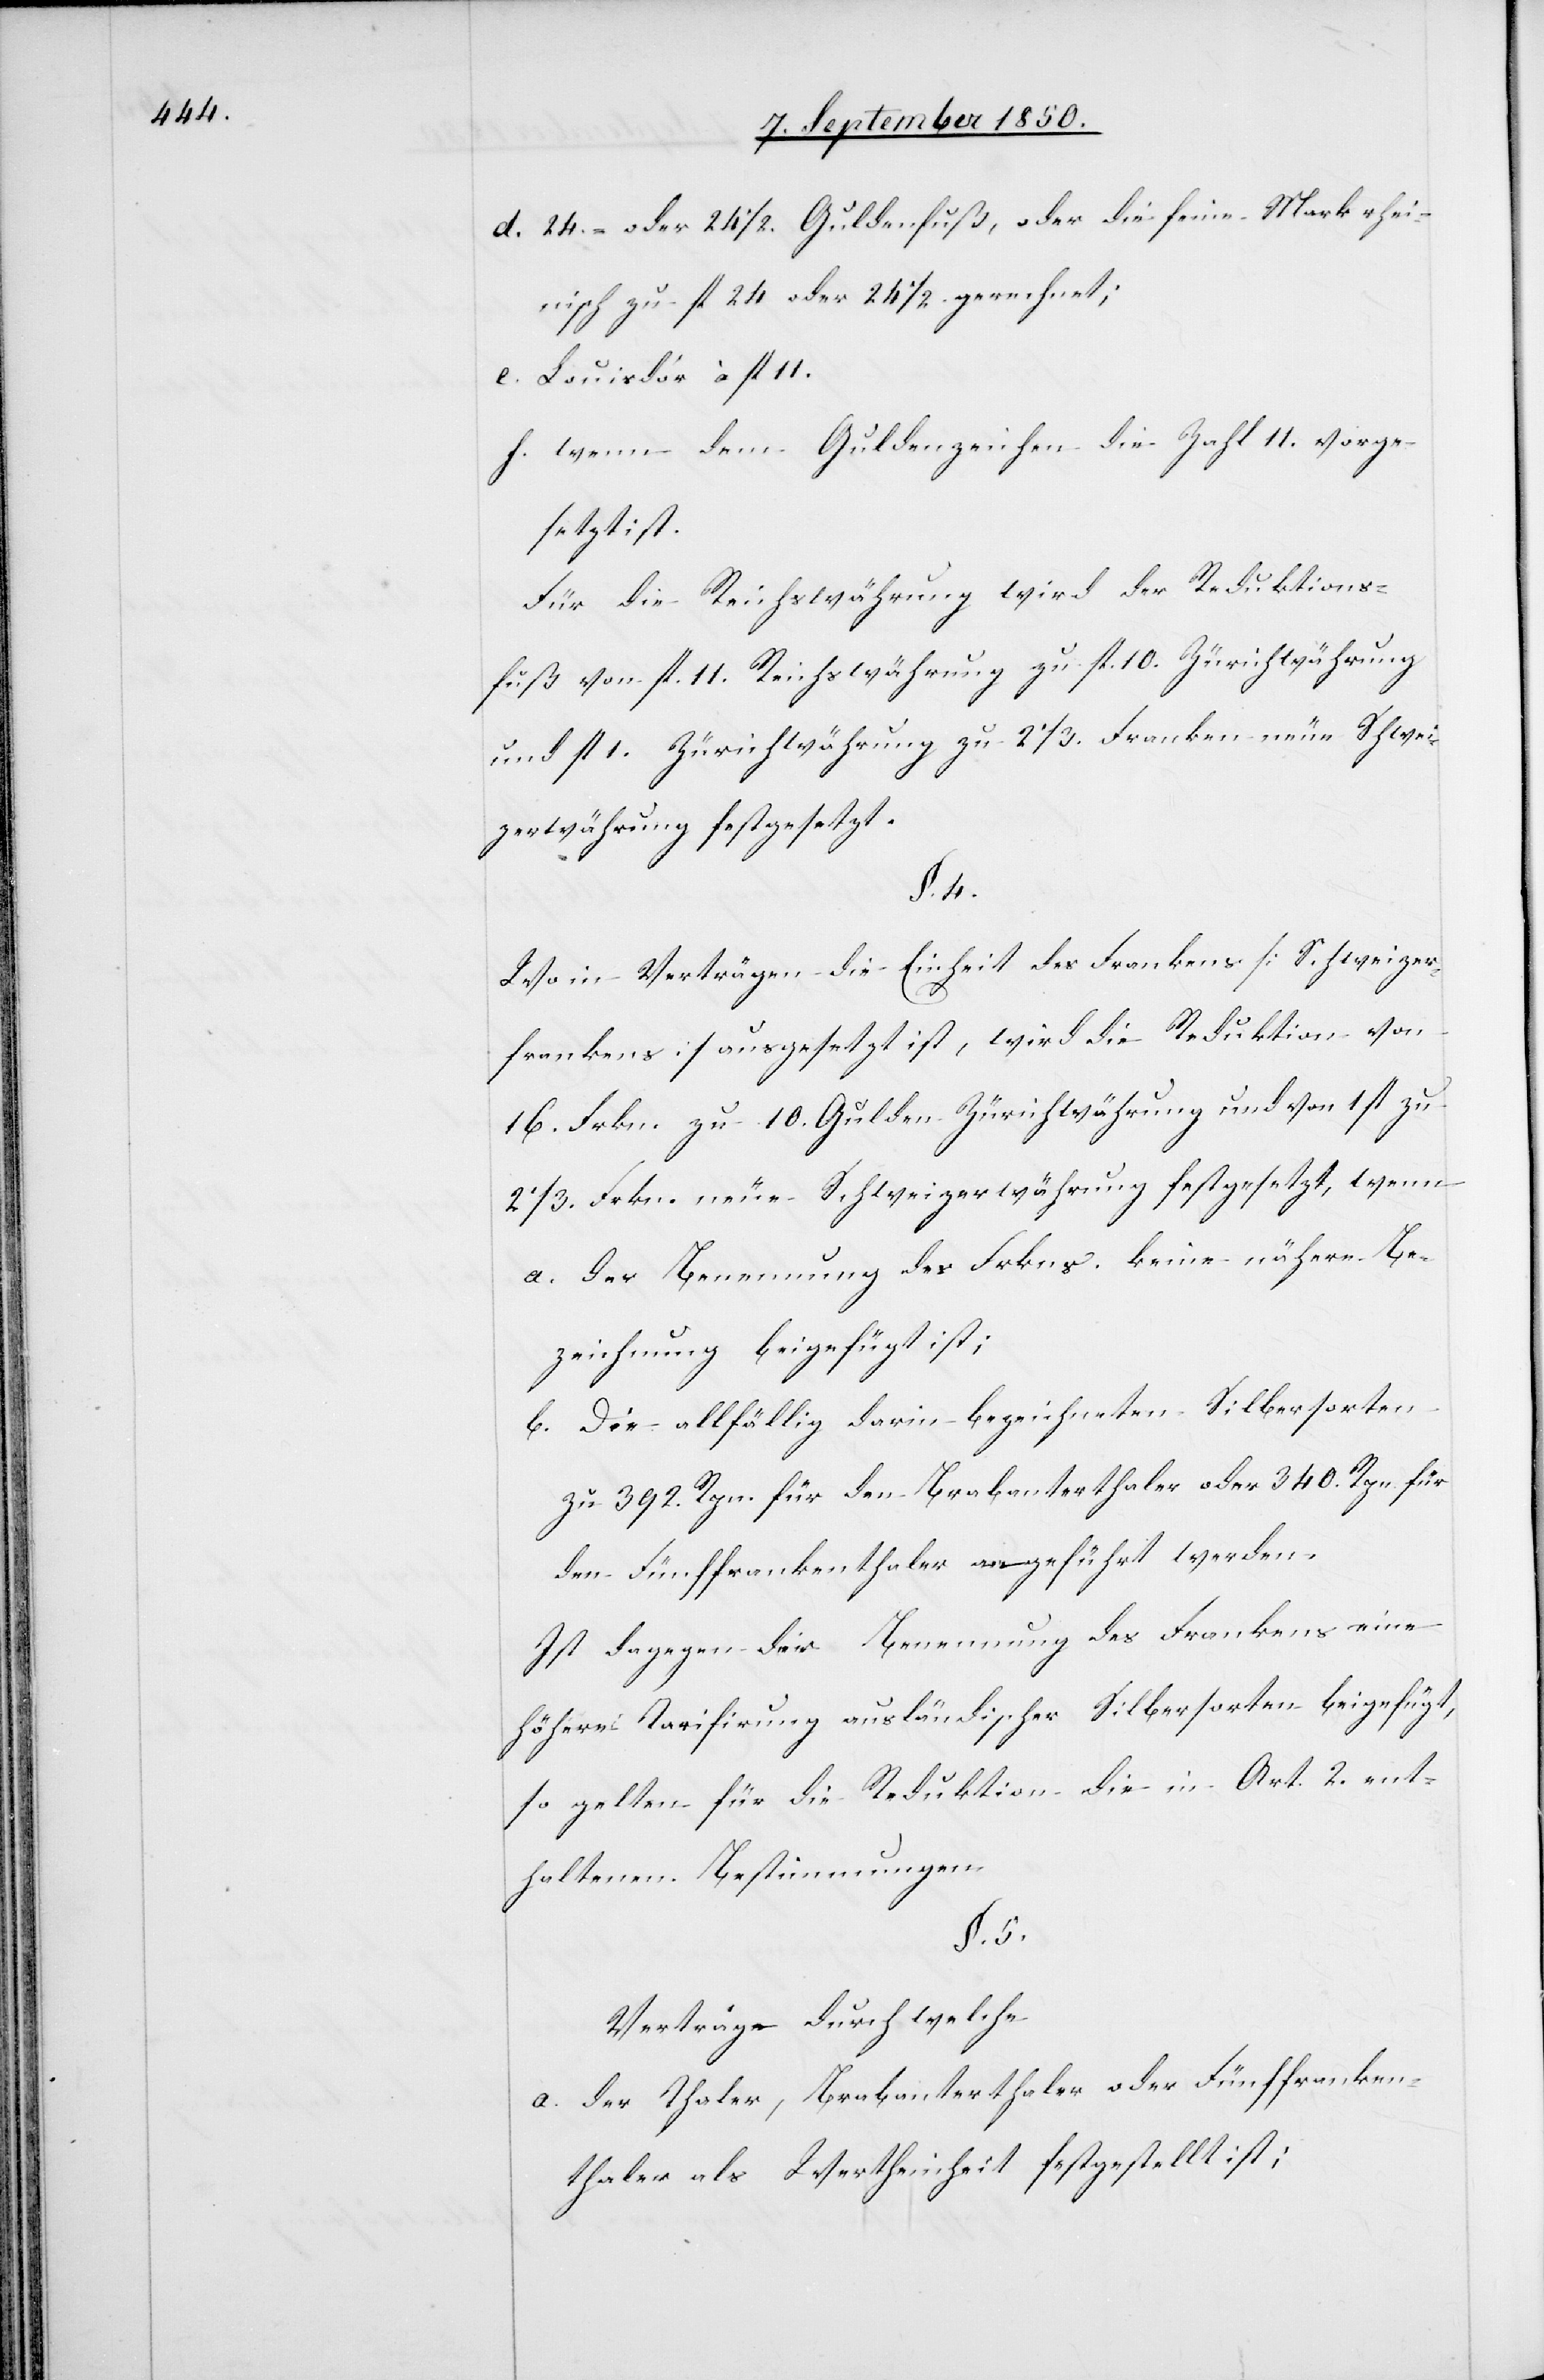
d. 24.- oder 24 1/2. Guldenfuß, oder die feine Mark rhei¬
nisch zu fl 24 oder 24 1/2. gerechnet;
e. Louisd’or à fl 11.
f. wenn dem Guldenzeichen die Zahl 11. vorge¬
setzt ist.
Für die Reichswährung wird der Reduktions¬
fuß von fl. 11. Reichswährung zu fl. 10. Zürichwährung
und fl 1. Zürichwährung zu 2 1/3 Franken neue Schwei¬
zerwährung festgesetzt.
§. 4.
Wo in Verträgen die Einheit des Frankens [Schweizer¬
frankens] ausgesetzt ist, wird die Reduktion von
16. Frkn. zu 10. Gulden Zürichwährung und von 1 fl zu
2 1/3 Frkn. neue Schweizerwährung festgesetzt, wenn
a. der Benennung des Frkns. keine nähere Be¬
zeichnung beigefügt ist;
b. Die allfällig darin bezeichneten Silbersorten
zu 392. Rpn. für den Brabanterthaler oder 340. Rpn. für
den Fünffrankenthaler angeführt werden.
Ist dagegen der Benennung des Frankens eine
höhere Tarifirung ausländischer Silbersorten beigefügt,
so gelten für die Reduktion die in Art. 2. ent¬
haltenen Bestimmungen.
§. 5.
Verträge durch welche
a. der Thaler, Brabanterthaler oder Fünffranken¬
thaler als Wertheinheit festgestellt ist;